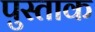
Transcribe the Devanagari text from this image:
पुस्ताक